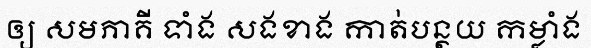
ឲ្យ សមភាគី ទាំង សងខាង កាត់បន្ថយ កម្លាំង